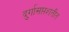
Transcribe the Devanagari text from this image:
दुर्गासप्तशतीत